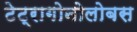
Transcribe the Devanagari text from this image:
टेट्रागोनोलोबस